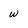
Character: w